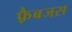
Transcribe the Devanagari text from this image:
फ़्रैबजस